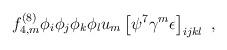
LaTeX: \begin{align*}f^{(8)}_{4,m} \phi_i \phi_j \phi_k \phi_l u_m \left[ \psi^7 \gamma^m \epsilon \right]_{ijkl} \ , \end{align*}